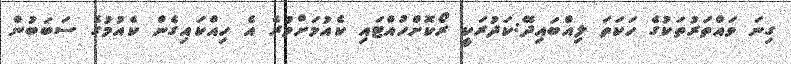
ގިނަ ވައްތަރުތަކުގެ ހަކަތަ ލިއްބައިދޭ:ކަދުރަކީ ރޯކޮށްހުއްޓައި ކެއުމަށްވުރެ އެ ހިއްކައިގެން ކެއުމުގެ ސަބަބުން